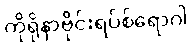
ကိုရိုနာဗိုင်းရပ်စ်ရောဂါ